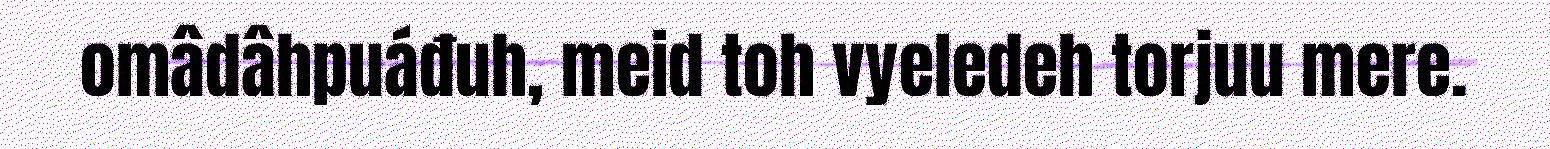
omâdâhpuáđuh, meid toh vyeledeh torjuu mere.